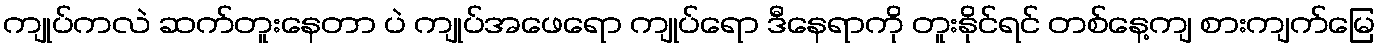
ကျုပ်ကလဲ ဆက်တူးနေတာ ပဲ ကျုပ်အဖေရော ကျုပ်ရော ဒီနေရာကို တူးနိုင်ရင် တစ်နေ့ကျ စားကျက်မြေ